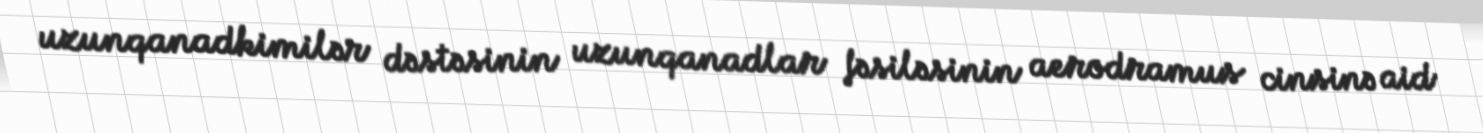
uzunqanadkimilər dəstəsinin uzunqanadlar fəsiləsinin aerodramus cinsinə aid